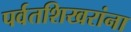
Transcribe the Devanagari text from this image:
पर्वतशिखरांना